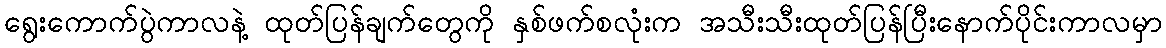
ရွေးကောက်ပွဲကာလနဲ့ ထုတ်ပြန်ချက်တွေကို နှစ်ဖက်စလုံးက အသီးသီးထုတ်ပြန်ပြီးနောက်ပိုင်းကာလမှာ